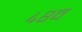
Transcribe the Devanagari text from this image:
४८व